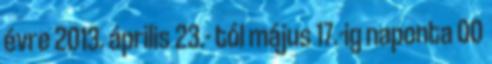
évre 2013. április 23.- tól május 17.-ig naponta 00